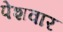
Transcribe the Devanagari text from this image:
पेशवार